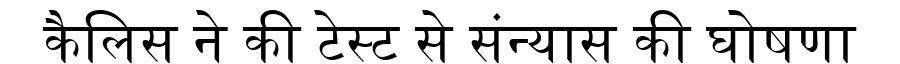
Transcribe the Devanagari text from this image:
कैलिस ने की टेस्ट से संन्यास की घोषणा